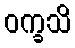
ဝက္ခသိ